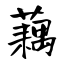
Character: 藕